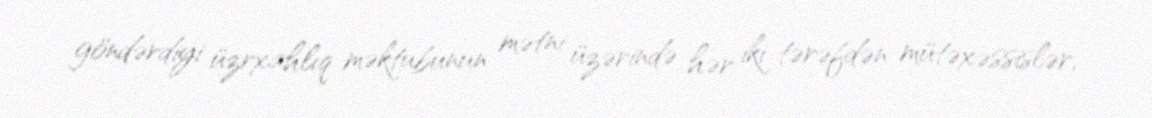
göndərdiyi üzrxahlıq məktubunun mətni üzərində hər iki tərəfdən mütəxəssislər,